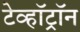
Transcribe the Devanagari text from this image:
टेव्हॉट्रॉन